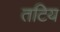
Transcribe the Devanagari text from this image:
तटिय